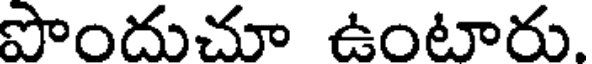
పొందుచూ ఉంటారు.